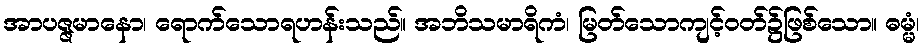
အာပဇ္ဇမာနော၊ ရောက်သောရဟန်းသည်။ အဘိသမာရိကံ၊ မြတ်သောကျင့်ဝတ်၌ဖြစ်သော။ ဓမ္မံ၊